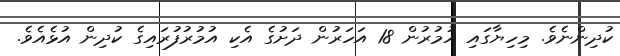
ކުދިންނެވެ. މިހިޔާގައި އުމުރުން 18 އަހަރުން ދަށުގެ އެކި އުމުރުފުރައިގެ ކުދިން އުޅެއެވެ.